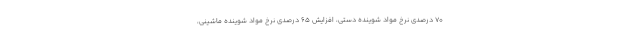
70 درصدی نرخ مواد شوینده دستی، افزایش 65 درصدی نرخ مواد شوینده ماشینی،